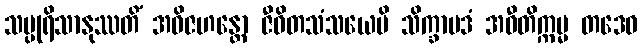
သပ္ပုရိသာနုဿတိံ အဝိဇဟန္တော ဇီဝိတသံသယေပိ သိက္ခာပဒံ အဝီတိက္ကမ္မ တဒေဝ